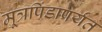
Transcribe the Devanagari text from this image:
मूत्रपिंडापर्यंत